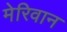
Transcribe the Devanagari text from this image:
मेरिवान